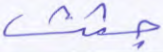
جئت